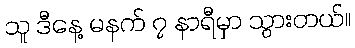
သူ ဒီနေ့ မနက် ၇ နာရီမှာ သွားတယ်။